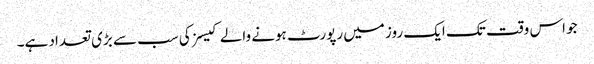
جو اس وقت تک ایک روز میں رپورٹ ہونے والے کیسز کی سب سے بڑی تعداد ہے۔